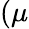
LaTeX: (\mu